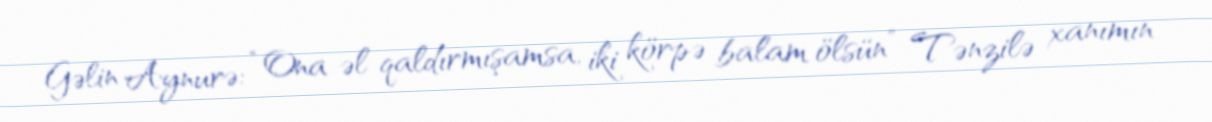
Gəlin Aynurə: “Ona əl qaldırmışamsa, iki körpə balam ölsün” Tənzilə xanımın